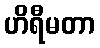
ဟိရီမတာ